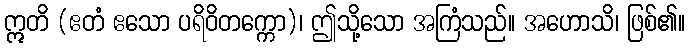
ဣတိ (ဧတံ ဧသော ပရိဝိတက္ကော)၊ ဤသို့သော အကြံသည်။ အဟောသိ၊ ဖြစ်၏။